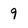
Character: 9